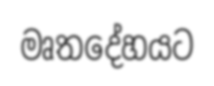
මෘතදේහයට